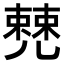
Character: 𠒹